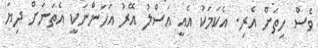
ވެސް ހިތަށް އެރި. އެކަމަކު އެއީ އަސްލު އޭރު އަހަންނަކީ އެތަނަށް ދިޔަ